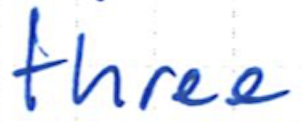
Text: three
Cross-out: clean
Writing tool: ballpoint